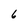
Character: 6